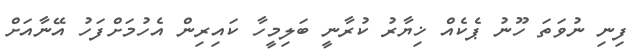
ފިނި ނުވަތަ ހޫނު ޕެކެއް ޚިޔާރު ކުރާނީ ބަލިމީހާ ކައިރިން އެހުމަށްފަހު އޭނާއަށް